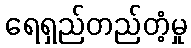
ရေရှည်တည်တံ့မှု